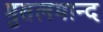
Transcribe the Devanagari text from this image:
मुसलमान्द